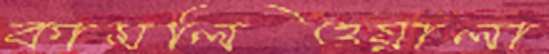
কামলিওয়ালা